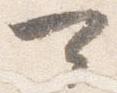
可